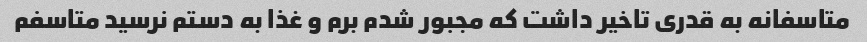
متاسفانه به قدری تاخیر داشت که مجبور شدم برم و غذا به دستم نرسید متاسفم